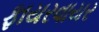
ફાયરવાયર